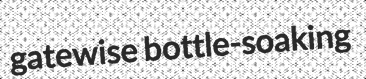
gatewise bottle-soaking